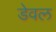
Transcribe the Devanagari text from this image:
डेवल